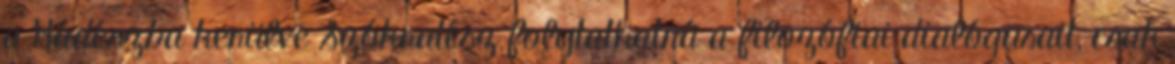
a Hádészba kerülve Szókratész folytathatná a filozófiai dialógusait, csak